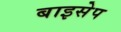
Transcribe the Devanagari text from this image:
बाइसेप